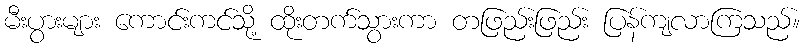
မီးပွားများ ကောင်းကင်သို့ ထိုးတက်သွားကာ တဖြည်းဖြည်း ပြန်ကျလာကြသည်။